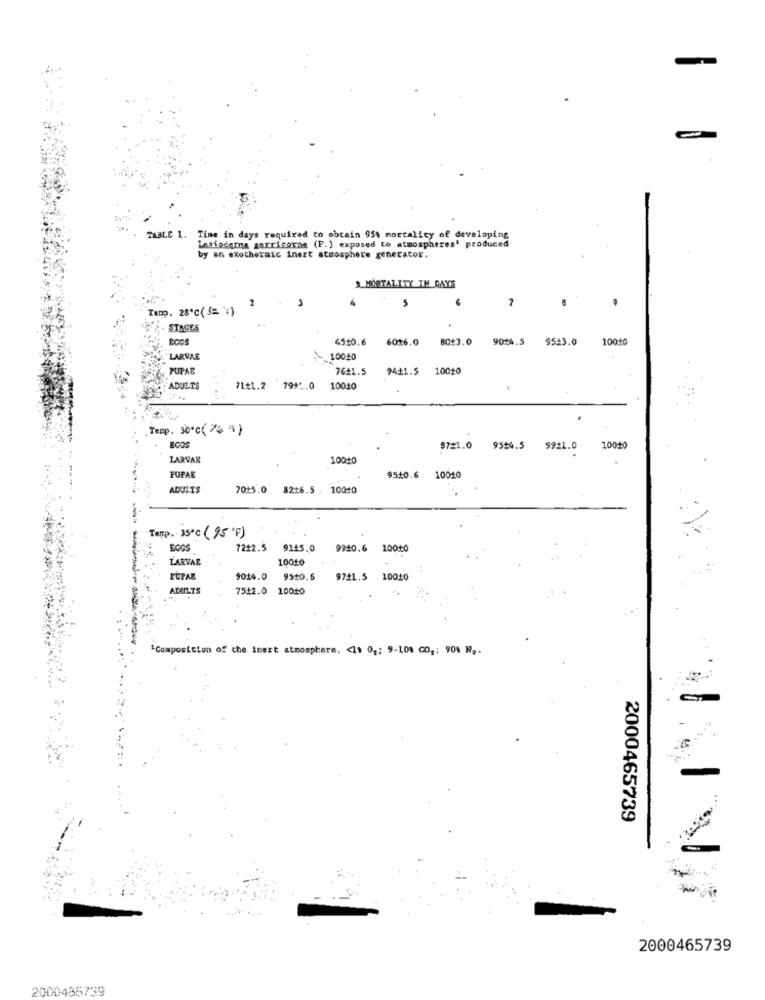
TABLE 1. Time in days required to obtain 95% mortality of developing
Insiederna garricorda (F.) exposed to atmospheres' produced
by an exotheraic inert atmosphere generator.
3. MORTALITY IN DAYS
2
5
7
Tump. 28℃(5= 1)
STAGES
4510.6
6016.0
80+3.0
9044.5
9523.0
10010
LARVAE
10020
PUPAE
76#1.5
94+1.5
10020
ADULTS
71+1.2 79 *:. 0 10010
Temp. 30℃(74 % )
ECOS
8721.0
9514.5
9921.0
10010
LARVAS
10010
PUPAE
95+0.6
10010
ADULTS
7045.0 8216.5 . 10040
Temp. 35℃ (95'F)
7212.5
9115.0
9940.6 10010
LARVAE
10010
9014.0
9510.5
9741.5 10010
ADULTS
7512.0 20010
"Composition of the inert atmosphere, < 11 0 ,; 9-108 CO ,; 90% N ..
2000465739
2000465739
2000435739